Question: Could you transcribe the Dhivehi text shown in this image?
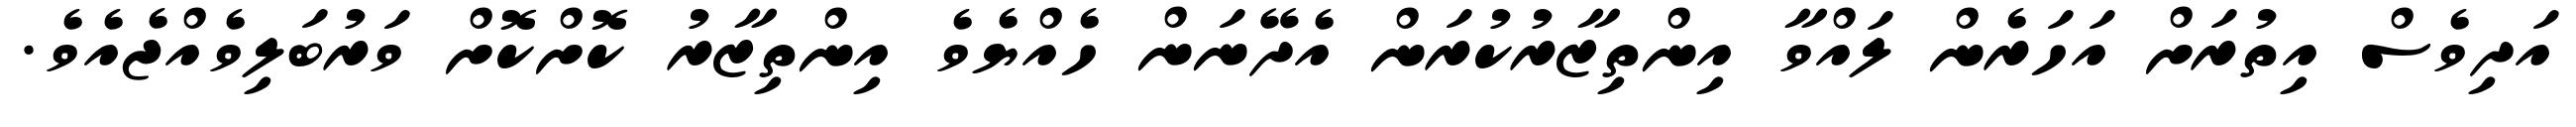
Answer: އަދިވެސް އިތުރަށް އަހަރެން ލައްވާ އިންތިޒާރުކުރަން އެދޭނަން ހެއްޔެވެ އިންތިޒާރު ކޮށްކޮށް ވަރުބަލިވެއްޖެއެވެ.